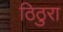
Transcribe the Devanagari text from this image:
ठिठुरा